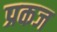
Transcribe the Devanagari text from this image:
प्रकज